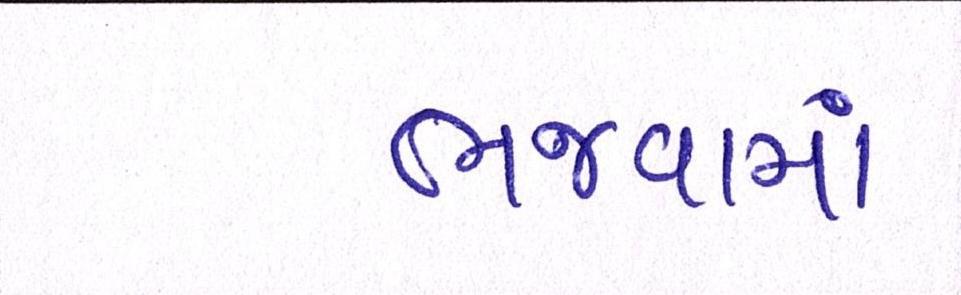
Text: ભજવામાં